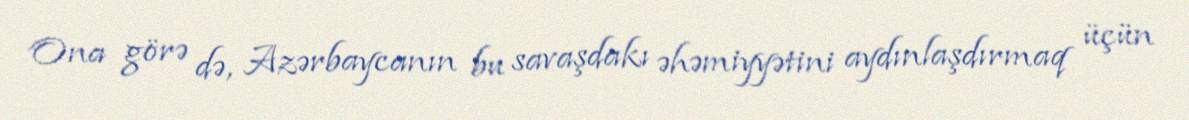
Ona görə də, Azərbaycanın bu savaşdakı əhəmiyyətini aydınlaşdırmaq üçün